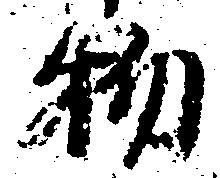
物